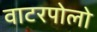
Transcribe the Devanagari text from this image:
वाटरपोलो